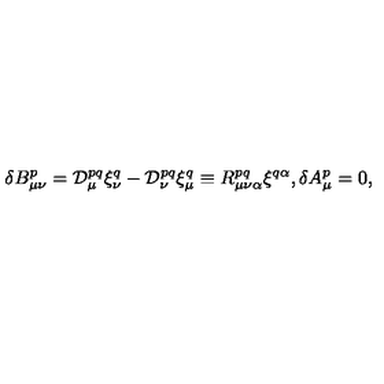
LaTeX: { \delta } B _ { \mu \nu } ^ { p } = { \cal D } _ { \mu } ^ { p q } { \xi } _ { \nu } ^ { q } - { \cal D } _ { \nu } ^ { p q } { \xi } _ { \mu } ^ { q } \equiv R _ { \mu \nu \alpha } ^ { p q } { \xi } ^ { q \alpha } , { \delta } A _ { \mu } ^ { p } = 0 ,